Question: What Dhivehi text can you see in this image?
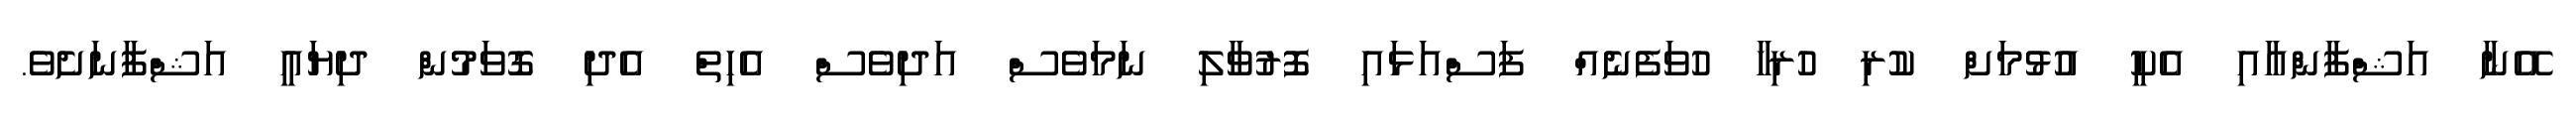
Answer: އޭނާ އަޝްފާންއާއި އެކީ އުޅުމަށް ކުރި ހުރިހާ ހުވަފެނެއް ފަސްއަޅައި ފޮރުވާލި ނަމަވެސް އަދިވެސް އެހިތް އެދި ގޮވަމުން ދިޔައީ އަޝްފާނަށެވެ.